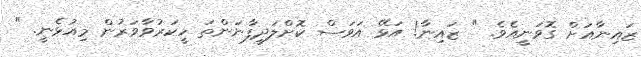
ޒައިނާއަށް ގޮވަނީއެވެ. " ޒައިނާ! އަޅޭ އަވަސް ކޮށްލަދީފާނަންތަ ހީކަރުވާވަރުން މިއުޅެނީ. "